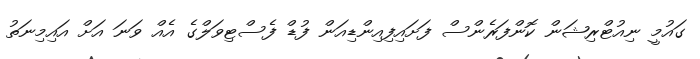
ގައުމީ ނިއުޓްރިޝަން ކޮންފަރެންސް ފަށައިފިއިންޑިއަން ފުޑް ފެސްޓިވަލްގެ އެއް ވަނަ އަށް އައިމިނަތު